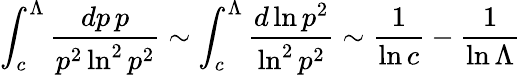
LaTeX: \int_{c}^{\Lambda}{\frac{dp\, p}{p^{2}\ln^{2}p^{2}}}\sim\int_{c}^{\Lambda}{\frac{d\ln p^{2}}{\ln^{2}p^{2}}}\sim{\frac{1}{\ln c}}-{\frac{1}{\ln\Lambda}}